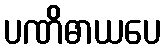
ပဏိဓာယပေ